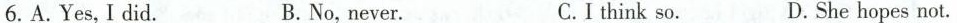
6.A.Yes,I did. B.No,never. C.I think so. D.She hopes not.